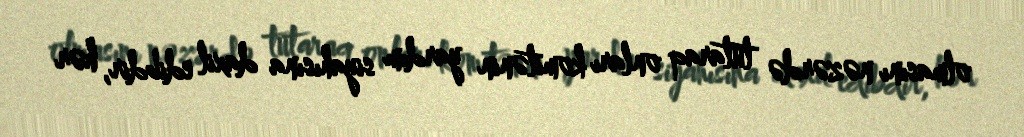
olmasını nəzərdə tutaraq onları komitənin yardım siyahısına daxil edibdir, hər